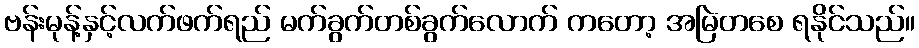
ဗန်းမုန့်နှင့်လက်ဖက်ရည် မက်ခွက်တစ်ခွက်လောက် ကတော့ အမြဲတစေ ရနိုင်သည်။